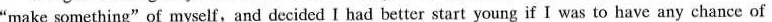
"make something"of myself,and decided I had better start youngif I was to have any chance of